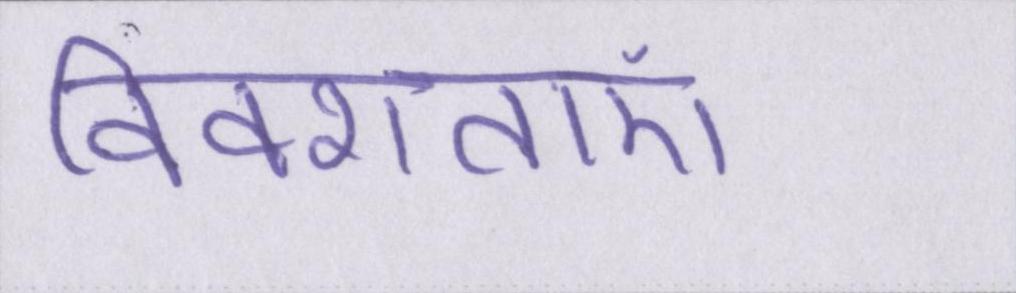
विवशताएं